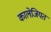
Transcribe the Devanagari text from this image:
कालेजियत